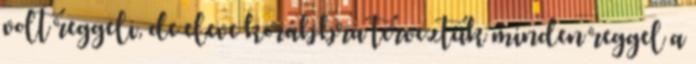
volt reggeli, de eleve korábbra terveztük minden reggel a